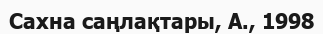
Сахна саңлақтары, A., 1998